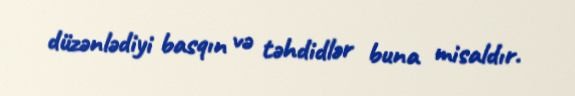
düzənlədiyi basqın və təhdidlər buna misaldır.